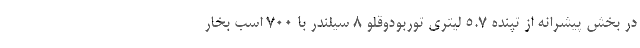
در بخش پیشرانه از تپنده 5.7 لیتری توربودوقلو 8 سیلندر با 700 اسب بخار